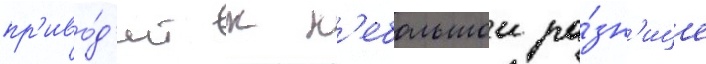
пр'иво́д'ит к н'ебольшои ра́зн'ице